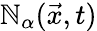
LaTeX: \mathbb{N}_{\alpha}(\vec{{x}},t)